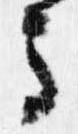
馬